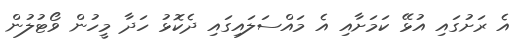
އެ ރަށުގައި އުޅޭ ކަމަށާއި އެ މައްސަލައިގައި ދެކޮޅު ހަދާ މީހުން ވޯޓުލުން